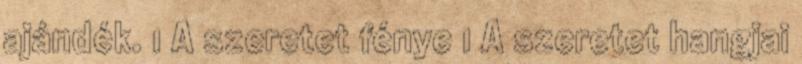
ajándék. 1 A szeretet fénye 1 A szeretet hangjai